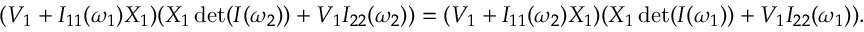
\begin{array} { r } { ( V _ { 1 } + I _ { 1 1 } ( \omega _ { 1 } ) X _ { 1 } ) ( X _ { 1 } \operatorname* { d e t } ( I ( \omega _ { 2 } ) ) + V _ { 1 } I _ { 2 2 } ( \omega _ { 2 } ) ) = ( V _ { 1 } + I _ { 1 1 } ( \omega _ { 2 } ) X _ { 1 } ) ( X _ { 1 } \operatorname* { d e t } ( I ( \omega _ { 1 } ) ) + V _ { 1 } I _ { 2 2 } ( \omega _ { 1 } ) ) . } \end{array}